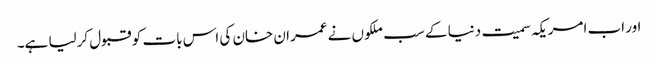
اور اب امریکہ سمیت دنیا کے سب ملکوں نے عمران خان کی اس بات کو قبول کرلیا ہے۔